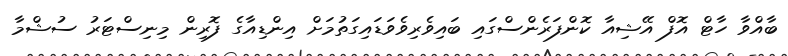
ބާއްވާ ހާޓް އޮފް އޭޝިއާ ކޮންފަރެންސްގައި ބައިވެރިވެވަޑައިގަތުމަށް އިންޑިއާގެ ފޮރިން މިނިސްޓަރު ސުޝްމާ